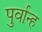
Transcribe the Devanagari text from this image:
पुर्वान्ह